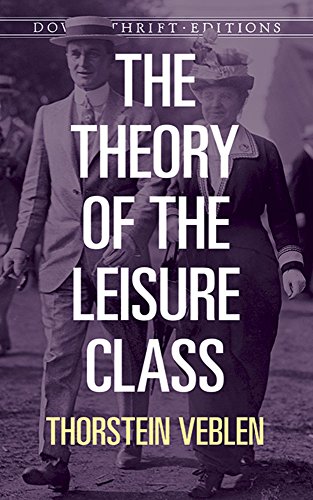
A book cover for The Theory of the Leisure Class (Dover Thrift Editions); Thorstein Veblen; Politics & Social Sciences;